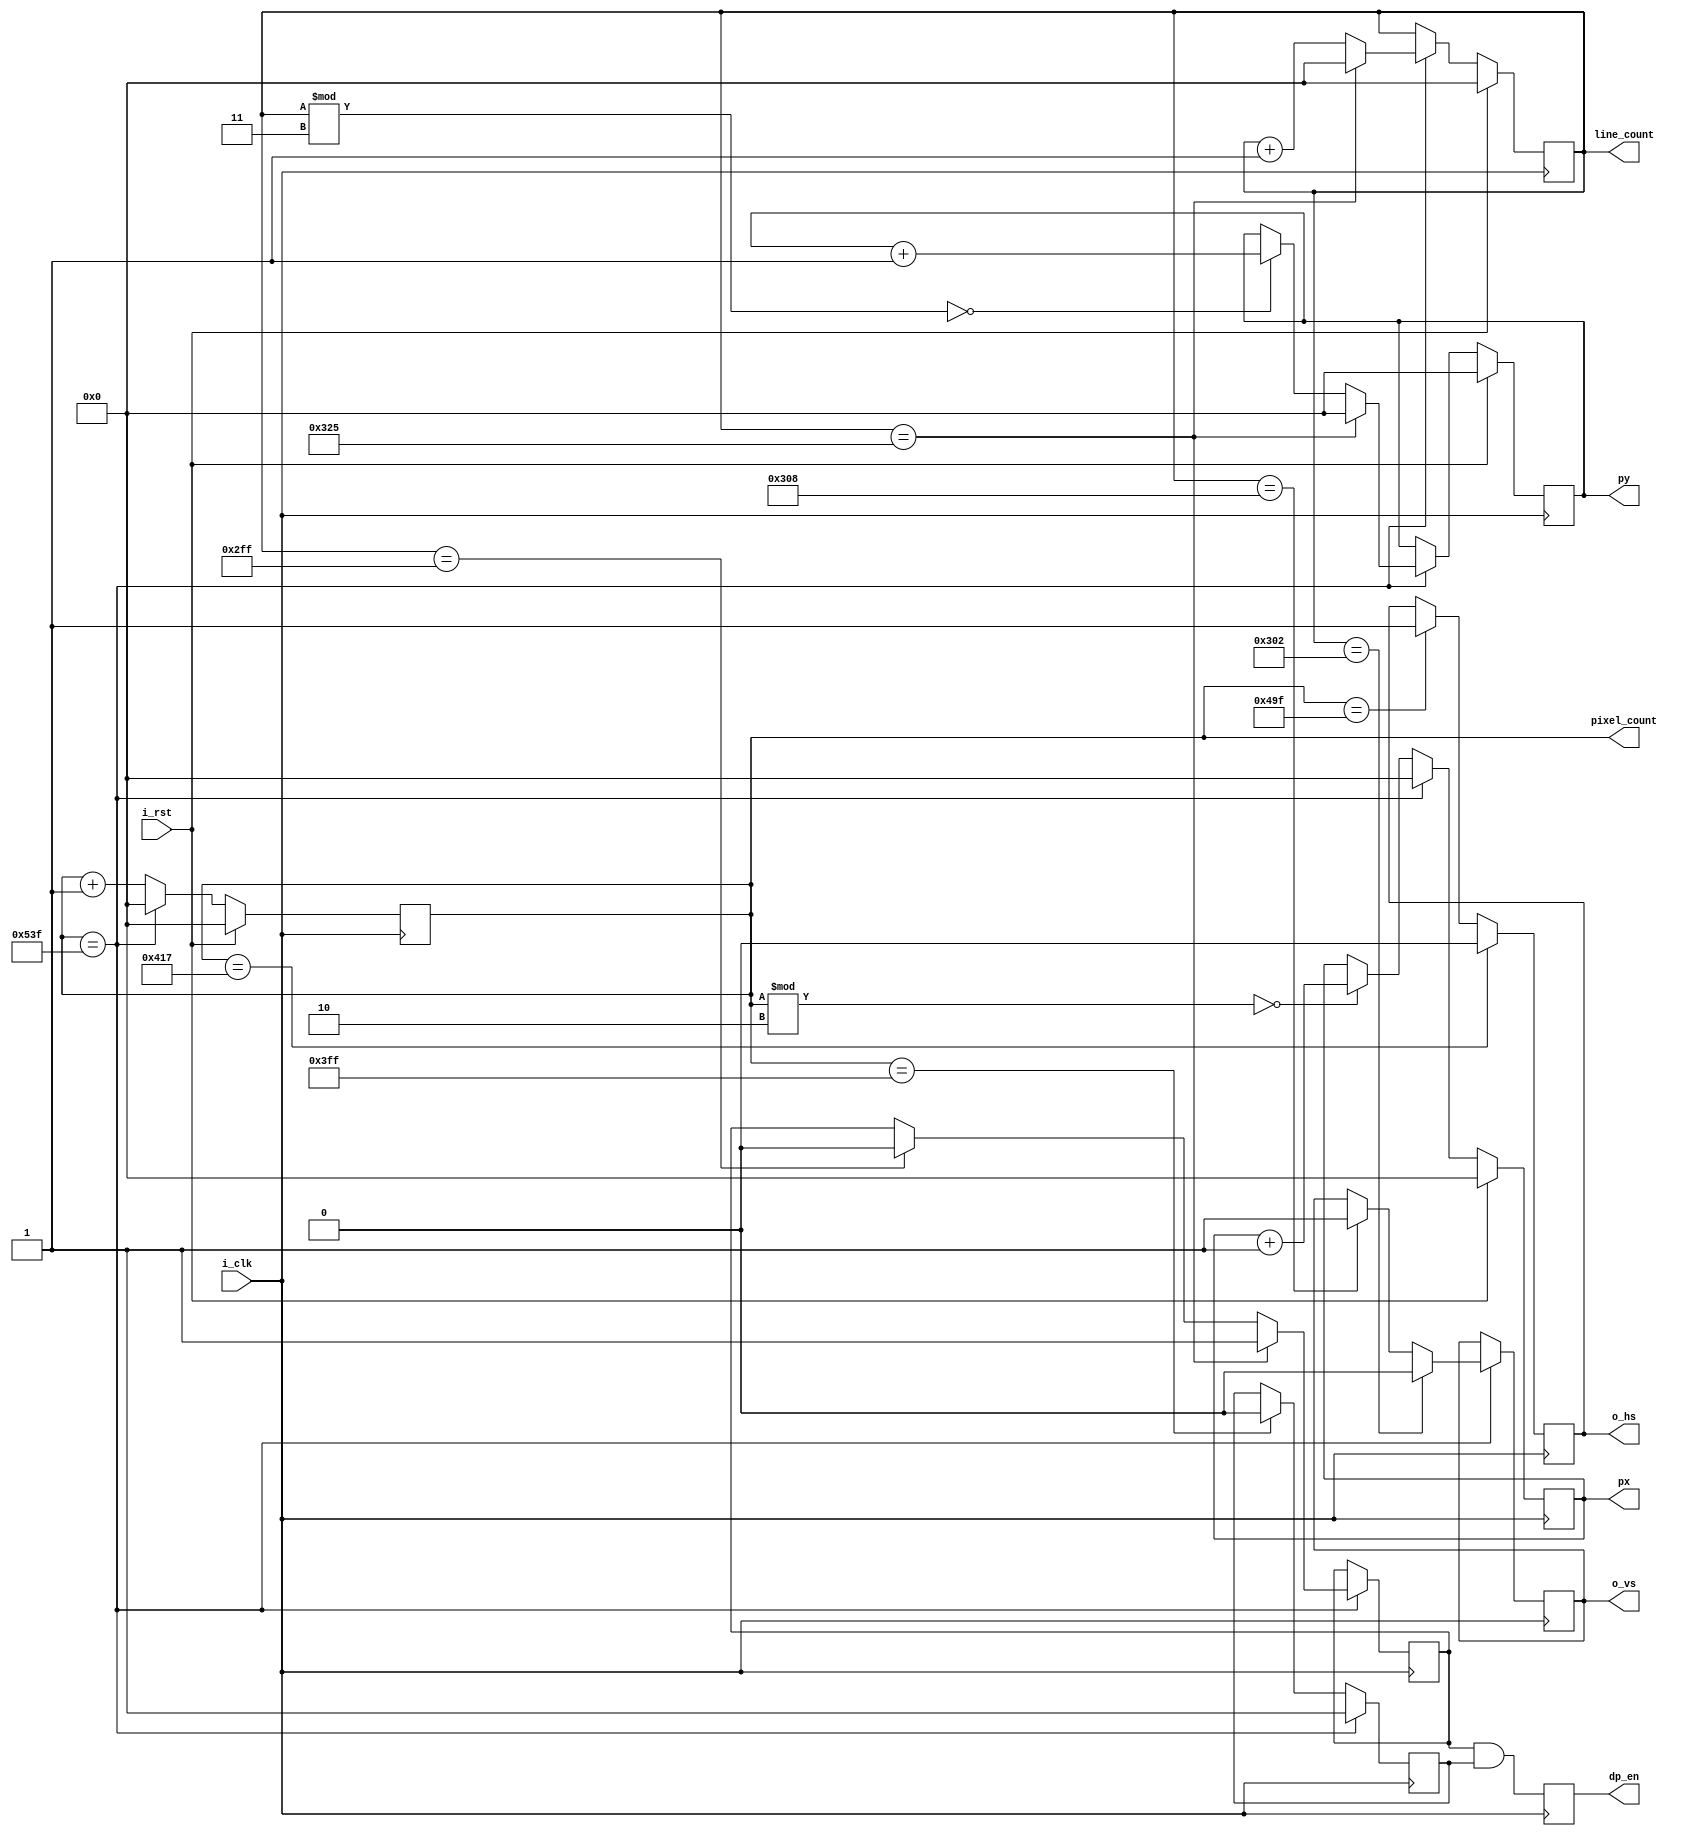
module vga_sync_gen (
    input i_clk,	
    input i_rst,
    output reg o_hs,
    output reg o_vs,
    output reg 	dp_en,
    output reg  [10:0]	line_count,
    output reg  [10:0]  pixel_count,
    output reg [10:0] px,
    output reg [10:0] py
);

    // 1024 X 768 @ 60Hz requires a 65.000MHz pixel clock

    localparam H_ACTIVE = 1024;
    localparam H_FRONT_PORCH = 24;
    localparam H_SYNCH = 136;	
    localparam H_BACK_PORCH = 160;	
    localparam H_TOTAL = H_SYNCH + H_BACK_PORCH + H_ACTIVE + H_FRONT_PORCH; //1344 pixels

    localparam V_ACTIVE	= 768;	
    localparam V_FRONT_PORCH = 3;	
    localparam V_SYNCH = 6;	 
    localparam V_BACK_PORCH	= 29;	
    localparam V_TOTAL = V_SYNCH + V_BACK_PORCH + V_ACTIVE + V_FRONT_PORCH; //806 lines
	
    reg h_en = 0;
    reg v_en = 0;

    always @(posedge i_clk) begin
        if (i_rst) begin
            pixel_count <= 0;
            px <= 0;
        end
        else if (pixel_count == H_TOTAL - 1) begin
            pixel_count <= 0;
            px <= 0;
        end
        else begin
            pixel_count <= pixel_count + 1;
            if(pixel_count % 2 == 0)
                px <= px + 1;
        end
    end
    
    always @(posedge i_clk) begin
        if (i_rst) begin
            line_count <= 0;
            py <= 0;
        end
        else if (pixel_count == H_TOTAL - 1) begin
            if (line_count == V_TOTAL - 1) begin
                line_count <= 0;
                py <= 0;
            end
            else begin
                line_count <= line_count + 1;
                if (line_count % 3 == 0)
                py <= py + 1;
            end
        end
    end

    always@(posedge i_clk) begin
        if (pixel_count == H_TOTAL - 1) begin 
            h_en <= 1;
        end
        else if (pixel_count == H_ACTIVE - 1) begin
            h_en <= 0;
        end
    end

    always@(posedge i_clk) begin
        if (pixel_count == H_TOTAL - 1) begin
            if (line_count == V_TOTAL - 1) begin
                v_en <= 1;
            end
            else if (line_count == V_ACTIVE - 1) begin
                v_en <= 0;
            end
        end
    end

    always@(posedge i_clk) begin
        dp_en <= v_en & h_en;
    end

    always@(posedge i_clk) begin
        if (pixel_count == H_ACTIVE + H_FRONT_PORCH - 1) begin
            o_hs <= 0;
        end
        else if (pixel_count == H_ACTIVE + H_FRONT_PORCH + H_SYNCH - 1) begin
            o_hs <= 1;
        end
    end

    always@(posedge i_clk) begin
        if (pixel_count == H_TOTAL-1) begin
            if (line_count == V_ACTIVE + V_FRONT_PORCH - 1) begin
                o_vs <= 0;
            end
            else if (line_count == V_ACTIVE + V_FRONT_PORCH + V_SYNCH - 1) begin
                o_vs <= 1;
            end
        end
    end
endmodule